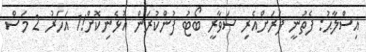
އިސްލާޙު: ފެތުނީ ފަރަށްއެރި ސަވާރީ ބޯޓު ފުންކުރަން އުޅެނިކޮށް!1 އަހަރު 2 މަސް